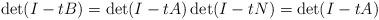
LaTeX: \begin{align*}\det(I-tB)= \det(I-tA) \det(I-tN) = \det (I-tA)\end{align*}